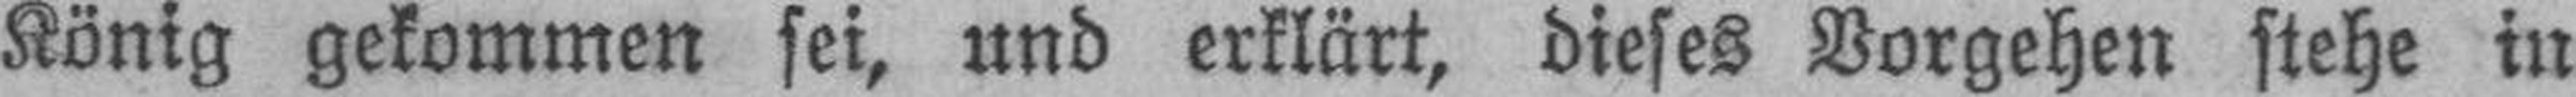
König gekommen sei, und erklärt, dieses Vorgehen stehe in